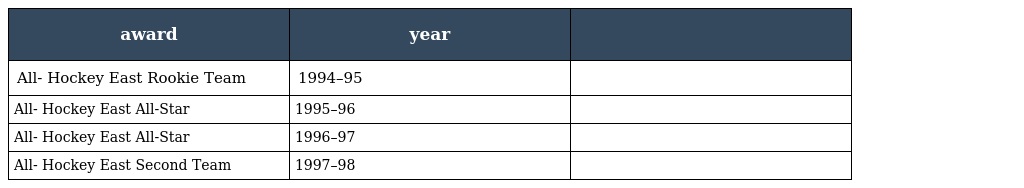
| award | year |  |
 | --- | --- | --- |
 | All- Hockey East Rookie Team | 1994–95 |  |
 | All- Hockey East All-Star | 1995–96 |  |
 | All- Hockey East All-Star | 1996–97 |  |
 | All- Hockey East Second Team | 1997–98 |  |